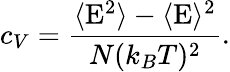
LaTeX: c_{V}=\frac{\langle\mathrm{E}^{2}\rangle-\langle\mathrm{E}\rangle^{2}}{N(k_{B}T)^{2}}.